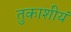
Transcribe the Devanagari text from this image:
तुकाशीयं